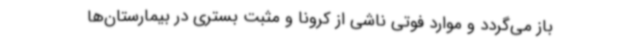
باز می‌گردد و موارد فوتی ناشی از کرونا و مثبت بستری در بیمارستان‌ها